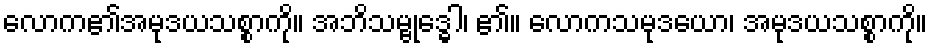
လောက၏အမုဒယသစ္စာကို။ အဘိသမ္ဗုဒ္ဓေါ၊ ၏။ လောကသမုဒယော၊ အမုဒယသစ္စာကို။